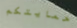
حمايتكم